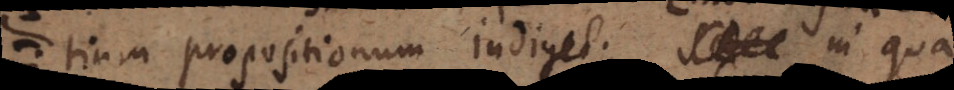
ntium propositionum indiget; in qua